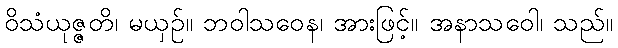
ဝိသံယုဇ္ဇတိ၊ မယှဉ်။ ဘဝါသဝေန၊ အားဖြင့်။ အနာသဝေါ၊ သည်။